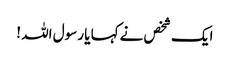
ایک شخص نےکہا یا رسول اللہ !